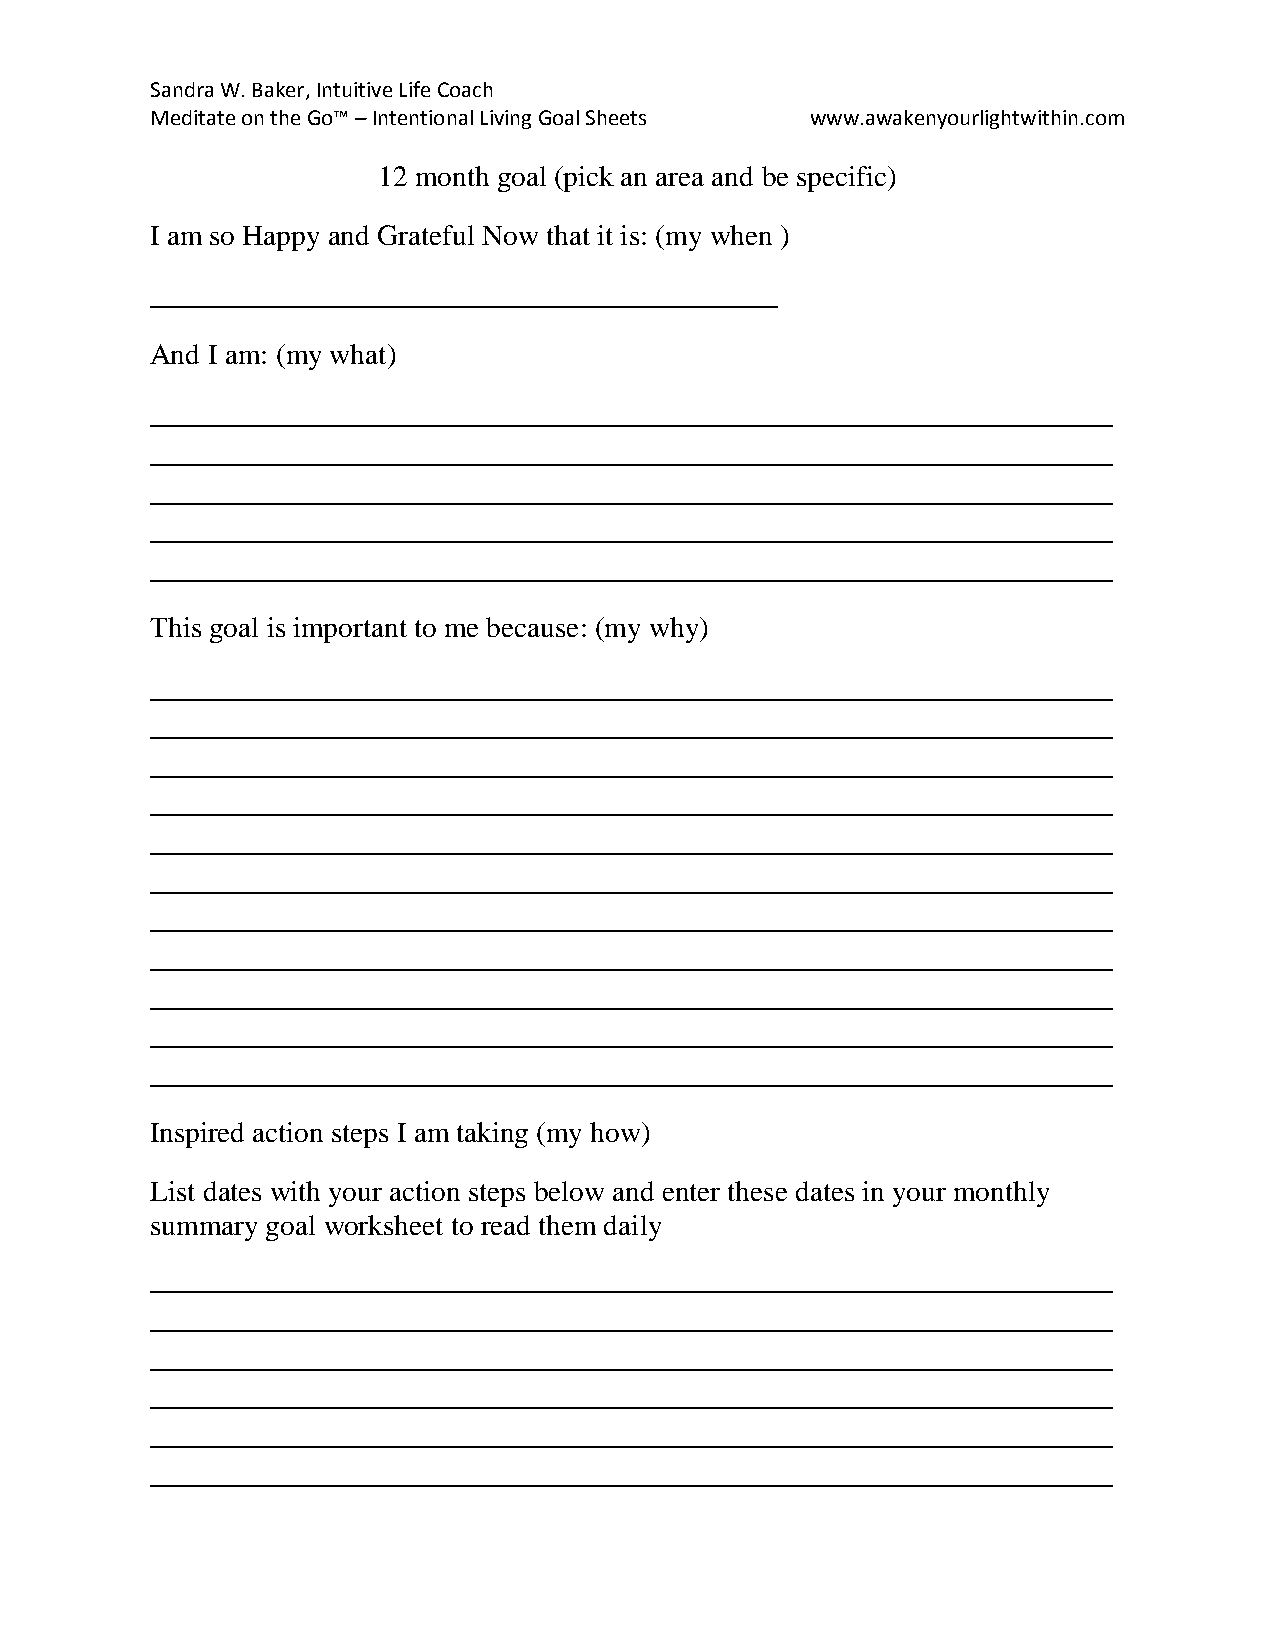
Sandra W. Baker, Intuitive Life Coach
 Meditate on the Go™ – Intentional Living Goal Sheets www.awakenyourlightwithin.com
 12 month goal (pick an area and be specific)
 I am so Happy and Grateful Now that it is: (my when )
 ___________________________________________
 And I am: (my what)
 __________________________________________________________________
 __________________________________________________________________
 __________________________________________________________________
 __________________________________________________________________
 __________________________________________________________________
 This goal is important to me because: (my why)
 __________________________________________________________________
 __________________________________________________________________
 __________________________________________________________________
 __________________________________________________________________
 __________________________________________________________________
 __________________________________________________________________
 __________________________________________________________________
 __________________________________________________________________
 __________________________________________________________________
 __________________________________________________________________
 __________________________________________________________________
 Inspired action steps I am taking (my how)
 List dates with your action steps below and enter these dates in your monthly
 summary goal worksheet to read them daily
 __________________________________________________________________
 __________________________________________________________________
 __________________________________________________________________
 __________________________________________________________________
 __________________________________________________________________
 __________________________________________________________________